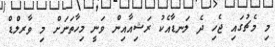
މި މެޗުގައި ޖެހި ދެ ލަނޑާއެކު ރަޝިއާއިން ވަނީ މިހާތަނަށް މި ވާރލްޑް